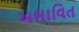
અભાવિત